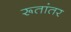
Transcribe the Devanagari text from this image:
रूतांतर